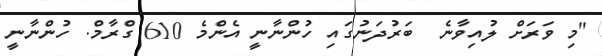
"މި ވަރަށް ލުއިވާނެ  ބަރުދަނުގައި ހުންނާނީ އެންމެ 610 ގްރާމް. ހުންނާނީ